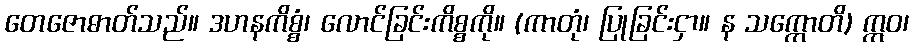
တေဇောဓာတ်သည်။ ဒဟနကိစ္စံ၊ လောင်ခြင်းကိစ္စကို။ (ကာတုံ၊ ပြုခြင်းငှာ။ န သက္ကောတိ) ဣဝ၊